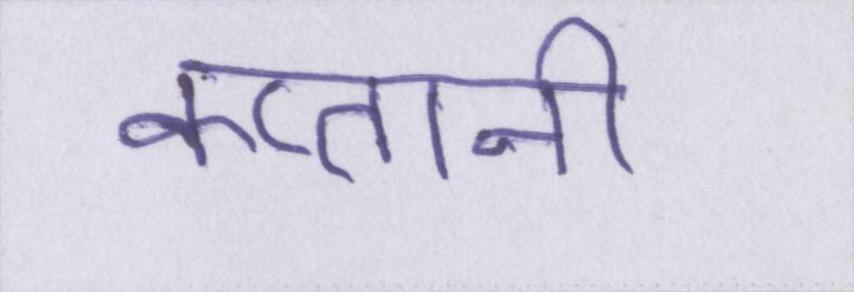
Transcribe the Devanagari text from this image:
कप्तानी